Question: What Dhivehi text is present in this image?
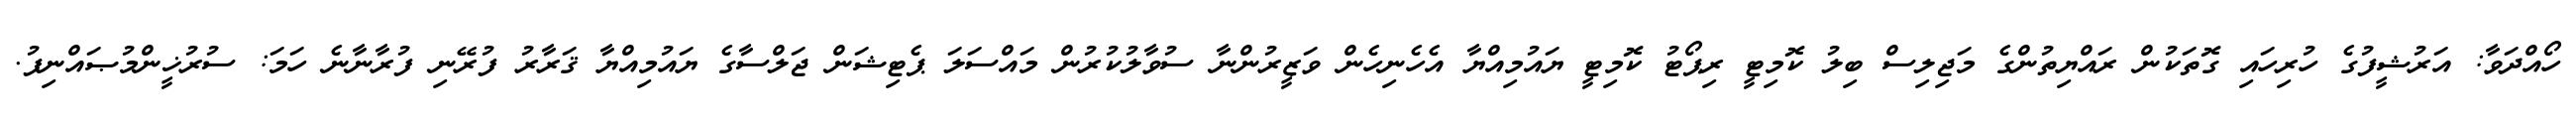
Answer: ހޯއްދަވާ: އަރުޝީފުގެ ހުރިހައި ގޮތަކުން ރައްޔިތުންގެ މަޖިލިސް ބިލު ކޮމިޓީ ރިޕޯޓު ކޮމިޓީ ޔައުމިއްޔާ އެހެނިހެން ވަޒީރުންނާ ސުވާލުކުރުން މައްސަލަ ޕެޓިޝަން ޖަލްސާގެ ޔައުމިއްޔާ ޤަރާރު ފުރޭނި ފުރާނާނެ ހަމަ: ސުރުޚީންމުޞައްނިފު.